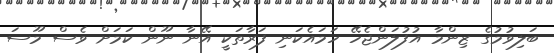
ބަލިވުމުގެ ޒިންމާ އުފުލަންޖެހޭ ހަމައެކަނި ފަރާތަކީ އޭނާ ނޫން ކަމަށް ވެސް މޫސަ